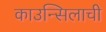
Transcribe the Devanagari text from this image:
काउन्सिलाची